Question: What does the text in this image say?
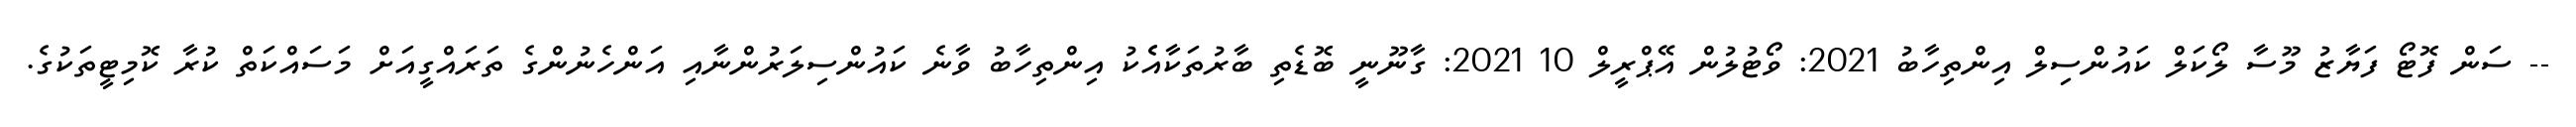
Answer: -- ސަން ފޮޓޯ ފަޔާޒު މޫސާ ލޯކަލް ކައުންސިލް އިންތިހާބު 2021: ވޯޓުލުން އޭޕްރީލް 10 2021: ގާނޫނީ ބޮޑެތި ބާރުތަކާއެެކު އިންތިހާބު ވާނެ ކައުންސިލަރުންނާއި އަންހެނުންގެ ތަރައްގީއަށް މަސައްކަތް ކުރާ ކޮމިޓީތަކުގެ.